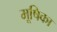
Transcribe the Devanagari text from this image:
मूषिका